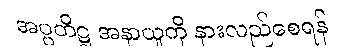
အပ္ပတိဋ္ဌ အနာယူကို နားလည်စေရန်